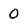
Character: 0